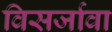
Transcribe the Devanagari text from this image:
विसर्जावा